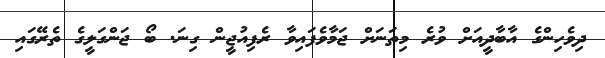
ދިވެހިންގެ އާބާދީއަށް ވުރެ މިތަނަށް ޖަމާވެފައިވާ ރެފިއުޖީން ގިނަ. ބޯ ޖަންގަލީގެ ތެރޭގައި